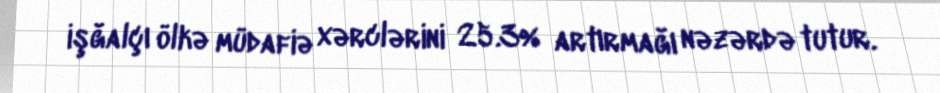
işğalçı ölkə müdafiə xərclərini 25.3% artırmağı nəzərdə tutur.